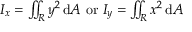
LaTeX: I _ { x } = \textstyle \iint _ { R } y ^ { 2 } \, \mathrm { d } A { \mathrm { ~ o r ~ } } I _ { y } = \textstyle \iint _ { R } x ^ { 2 } \, \mathrm { d } A